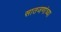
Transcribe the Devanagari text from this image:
सातजणांच्या